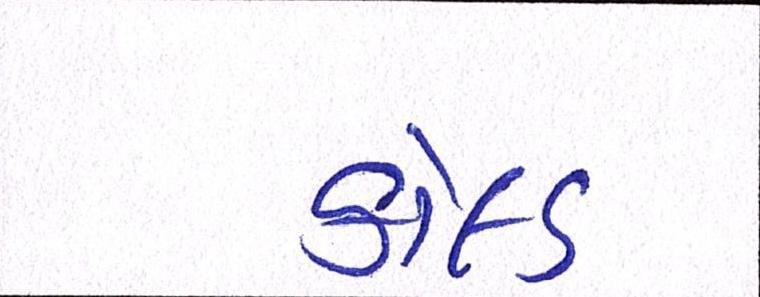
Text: કોલ્ડ